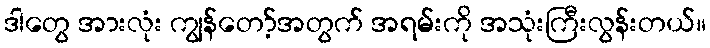
ဒါတွေ အားလုံး ကျွန်တော့်အတွက် အရမ်းကို အသုံးကြီးလွန်းတယ်။